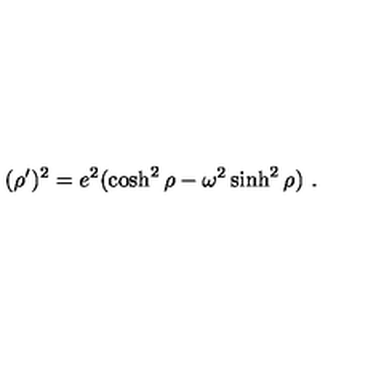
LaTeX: ( \rho ^ { \prime } ) ^ { 2 } = e ^ { 2 } ( \cosh ^ { 2 } \rho - \omega ^ { 2 } \sinh ^ { 2 } \rho ) \ .